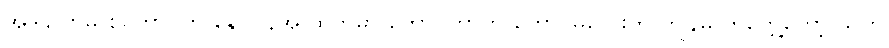
အဲဒါပြောမှ စင်ကာပူက နေ ပြန်အ ထွက်မှာ ကောင်တာက ကောင်မလေးက ကျွန်မ ကိုတွေ့တော့ သူက